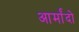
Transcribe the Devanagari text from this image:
आर्मांदो